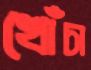
খোঁচা